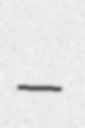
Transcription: –